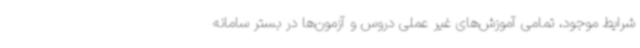
شرایط موجود، تمامی آموزش‌های غیر عملی دروس و آزمون‌ها در بستر سامانه